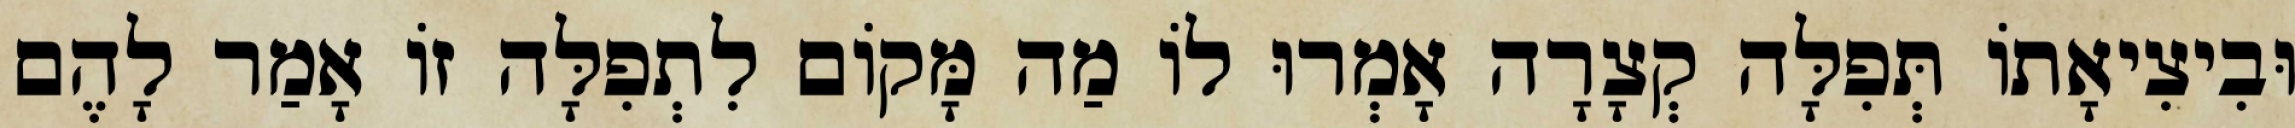
וּבִיצִיאָתוֹ תְּפִלָּה קְצָרָה אָמְרוּ לוֹ מַה מָּקוֹם לִתְפִלָּה זוֹ אָמַר לָהֶם